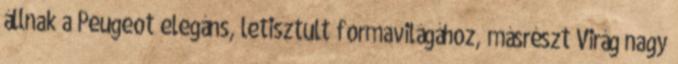
állnak a Peugeot elegáns, letisztult formavilágához, másrészt Virág nagy